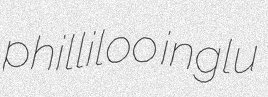
philliloo inglu